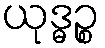
ယုဒ္ဓဉ္စ